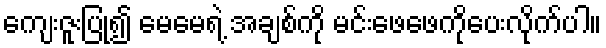
ကျေးဇူးပြု၍ မေမေရဲ့ အချစ်ကို မင်းဖေဖေကိုပေးလိုက်ပါ။